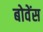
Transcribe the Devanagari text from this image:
बोवेंस